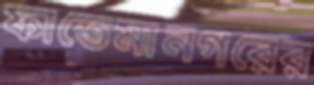
ফাতেমানগরের